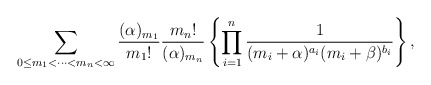
\begin{align*}\sum_{0\le m_1< \cdots<m_{n}<\infty}\frac{(\alpha)_{m_1}}{{m_1}!}\frac{{m_n}!}{(\alpha)_{m_n}}\left\{\prod_{i=1}^{n}\frac{1}{(m_i+\alpha)^{a_i}(m_i+\beta)^{b_i}}\right\},\end{align*}